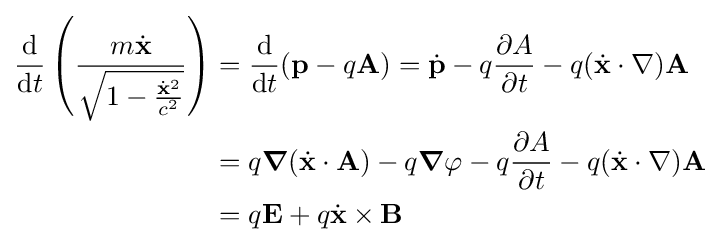
{\begin{aligned}{\frac {\mathrm {d} }{\mathrm {d} t}}\left({\frac {m{\dot {\mathbf {x} }}}{\sqrt {1-{\frac {{\dot {\mathbf {x} }}^{2}}{c^{2}}}}}}\right)&={\frac {\mathrm {d} }{\mathrm {d} t}}(\mathbf {p} -q\mathbf {A} )={\dot {\mathbf {p} }}-q{\frac {\partial A}{\partial t}}-q({\dot {\mathbf {x} }}\cdot \nabla )\mathbf {A} \\&=q{\boldsymbol {\nabla }}({\dot {\mathbf {x} }}\cdot \mathbf {A} )-q{\boldsymbol {\nabla }}\varphi -q{\frac {\partial A}{\partial t}}-q({\dot {\mathbf {x} }}\cdot \nabla )\mathbf {A} \\&=q\mathbf {E} +q{\dot {\mathbf {x} }}\times \mathbf {B} \end{aligned}}